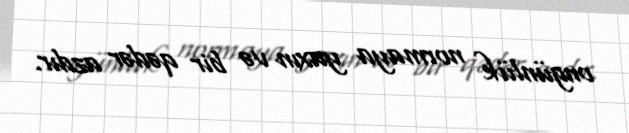
ongünlük normaya yaxın və bir qədər azdır.